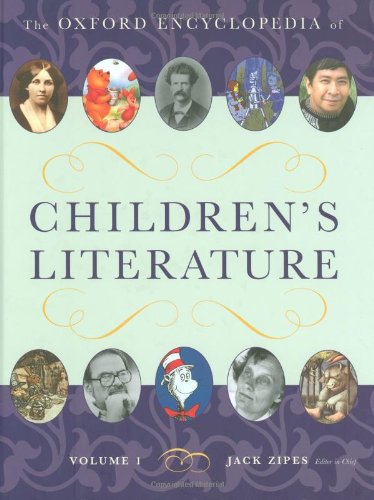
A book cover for The Oxford Encyclopedia of Children's Literature (4 Volume Set); Literature & Fiction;